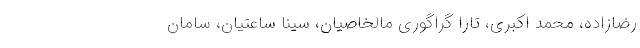
رضازاده، محمد اکبری، تارا گراگوری مالخاصیان، سینا ساعتیان، سامان